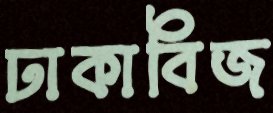
ঢাকাবিজ